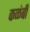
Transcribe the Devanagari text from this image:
कळंबी